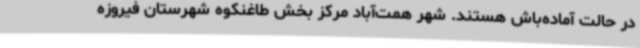
در حالت آماده‌باش هستند. شهر همت‌آباد مرکز بخش طاغنکوه شهرستان فیروزه